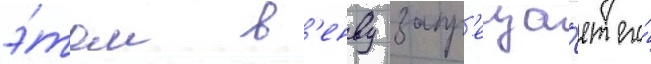
э́том в'енву запр'еща́ет его́